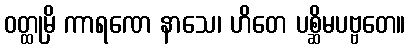
ဝတ္ထုမှိ ကာရဏေ နာသေ၊ ဟိတေ ပစ္ဆိမပဗ္ဗတေ။